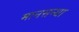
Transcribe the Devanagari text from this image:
मानसन्था